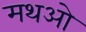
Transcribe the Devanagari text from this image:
मथओ